Vital statistics of India. Vol. V, Reports of 1876 on armies & jails and on epidemic cholera
Year: 1876
Disease focus: Cholera
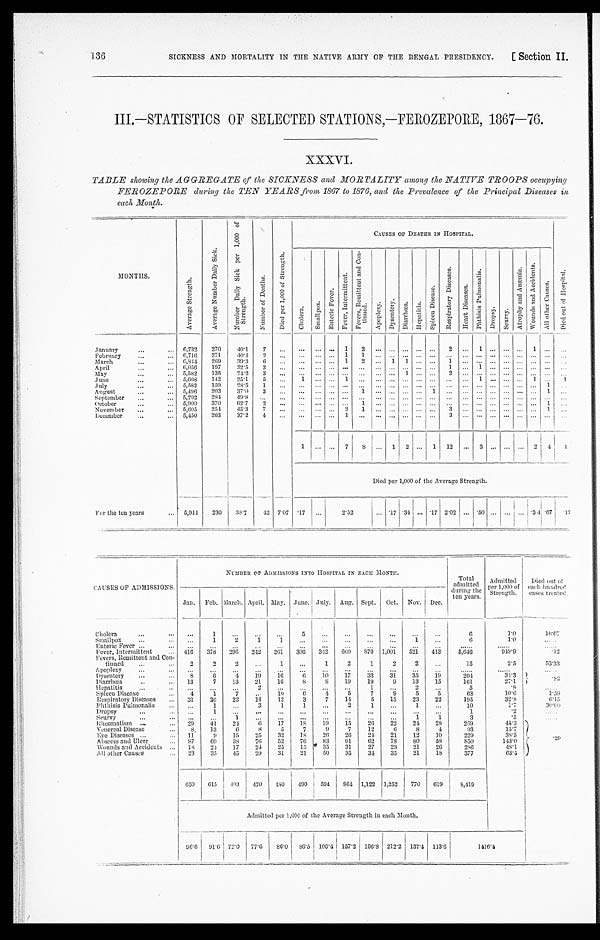
SICKNESS AND MORTALITY IN THE NATIVE ARMY OF THE BENGAL PRESIDENCY.
[ Section II.
136
III.—STATISTICS OF SELECTED STATIONS,—FEROZEPORE, 1867—76.
XXXVI.
TABLE showing the AGGREGATE or the SICKNESS and MORTALITY among the NATIVE TROOPS occupying
FEROZEPORE during the TEN YEARS from 1867 to 1876, and the Prevalence of the Principal Diseases in
each Month.
MONTHS.
A v e r a g e S t r e n g t h .
A v e r a g e N u m b e r D a i l y S i c k .
N u m b e r D a i l y S i c k p e r 1 , 0 0 0 o f S t r e n g t h .
N u m b e r o f D e a t h s .
D i e d p e r 1 , 0 0 0 o f S t r e n g t h .
CAUSES OF DEATHS IN HOSPITAL.
D i e d o u t o f H o s p i t a l .
C h o l e r a .
S m a l l p o x .
E n t e r i c F e v e r .
F e v e r , I n t e r m i t t e n t .
F e v e r s , R e m i t t e n t a n d C o n - t i n u e d .
A p o p l e x y .
D y s e n t e r y . D i a r r o h œ a . H e p a t i t i s .
S p l e e n D i s e a s e .
R e s p i r a t o r y D i s e a s e s .
H e a r t D i s e a s e s .
P h t h i s i s P u l m o n a l i s .
D r o p s y .
S c u r v y .
A t r o p h y a n d A n æ m i a .
W o u n d s a n d A c c i d e n t s .
A l l o t h e r C a u s e s .
January . . .
6,732
270
40.1
7
. . .
. . .
. . .
. . .
1
2
. . .
. . .
. . .
. . .
. . . 2 . . .
1
. . .
. . .
. . . 1
. . . . . .
February . . .
6,716
271
40.4
2
. . .
. . .
. . .
. . . 1
1
. . .
. . .
. . .
. . .
. . .
. . . . . .
. . . . . .
. . . . . . . . .
. . .
. . .
March . . .
6,844
269
39.3
6
. . .
. . .
. . .
. . .
1
2
. . .
1
1
. . .
. . . 1 . . .
. . . . . .
. . .
. . . . . .
. . . . . .
April . . .
6,056
197
32.5
2
. . .
. . .
. . .
. . .
. . .
. . .
. . . . . .
. . .
. . .
. . . 1 . . .
1 . . .
. . .
. . . . . .
. . . . . .
May . . .
5,582
135
24.2
3
. . .
. . .
. . .
. . .
. . .
. . .
. . .
. . .
1
. . .
. . . 2 . . .
. . . . . .
. . .
. . . . . .
. . . . . .
June . . .
5,668
142
25.1
5
. . .
1
. . .
. . .
1
. . .
. . .
. . .
. . .
. . .
. . . . . . . . .
1 . . .
. . .
. . . 1
. . . 1
July . . .
5,582
159
28.5
1
. . .
. . .
. . . . . .
. . . . . .
. . .
. . . . . .
. . .
. . .
. . . . . .
. . . . . .
. . . . . . . . .
1 . . .
August . . .
5,496
203
37.0
3
. . .
. . .
. . .
. . .
. . . 1
. . .
. . .
. . .
. . . 1
. . . . . .
. . . . . .
. . . . . . . . . 1
. . .
September . . .
5,702
284
49.8
. . .
. . .
. . .
. . .
. . .
. . .
. . .
. . .
. . .
. . .
. . .
. . .
. . . . . .
. . . . . .
. . .
. . . . . .
. . . . . .
October . . .
5,900
370
62.7
2
. . .
. . .
. . .
. . .
. . .
1
. . .
. . .
. . .
. . .
. . .
. . . . . .
. . . . . .
. . .
. . . . . .
1 . . .
November . . .
5,605
254
45.3
7
. . .
. . .
. . .
. . .
2
1
. . .
. . .
. . .
. . .
. . . 3 . . .
. . . . . .
. . .
. . . . . .
1 . . .
December . . .
5,450
203
37.2
4
. . .
. . .
. . .
. . . 1
. . .
. . .
. . .
. . .
. . .
. . . 3 . . .
. . . . . .
. . .
. . . . . .
. . . . . .
1
. . . . . . 7
8
. . . 1 2 . . .
1 12 . . . 3
. . .
. . . . . . 2 4
1
Died per 1,000 of the Average Strength.
For the ten years
5,944
230
38.7
42 7.07 .17
. . .
2.52
. . . .17 .34
. . .
.17 2.02 . . . .50
. . .
. . . . . . .34 .67
.17
CAUSES OF ADMISSIONS.
NUMBER OF ADMISSIONS INTO HOSPITAL IN BACH MONTH.
Total
admitted
during the
ten years.
Admitted
per l.000 of
Strength.
Died out
of each hundred
cases treated.
Jan. Feb. March. April. May. June. July. Aug. Sept. Oct. Nov. Dec.
Ch ol era . . .
. . .
1
. . .
. . .
. . .
5
. . .
. . .
. . .
. . .
. . .
. . .
6
1.0
16.67
Smallpox . . .
. . . 1
2
1
1
. . .
. . .
. . .
. . .
. . .
1
. . .
6
1 . 0
. . .
Enteric Fever . . .
. . .
. . .
. . .
. . .
. . .
. . .
. . .
. . .
. . .
. . .
. . .
. . .
. . .
. . .
. . .
Fever, Intermittent . . .
416
378
296
242
261
306
342
600
870 1,001
521
413
5, 646
949.9
. 1 2
Fevers, Remittent and Con-
t i nued . . .
2
2
2
. . .
1
. . .
1
2
1
2
2
. . .
15
2.5
53.33
Apoplexy . . .
. . .
. . .
. . .
. . .
. . .
. . .
. . .
. . .
. . .
. . .
. . .
. . .
. . .
. . .
. . .
Dysentery . . .
8
6
4
19
16
6
10
17
33
31
35
19
2 0 4
34.3
. 8 2
Diarrhœa . . .
13
7
13
21
16
8
8
19
19
9
13
15
161
27.1
Hepatitis . . .
. . .
. . .
. . .
2
. . .
. . .
. . .
. . .
1
. . .
2
. . .
5
. 8
. . .
Spleen Disease . . .
4
1
7
. . .
10
6
4
5
7
9
5
5
63
10.6
1.59
Respiratory Diseases . . .
31
26
23
14
12
3
7
14
5
15
23
22
195
32.8
6.15
Phthisis Pulmonalis . . .
. . .
1
. . .
3
1
1
. . .
2
1
. . .
1
. . .
10
1.7
30.00
Dropsy . . .
. . . 1
. . .
. . .
. . .
. . .
. . .
. . .
. . .
. . .
. . .
. . .
1
.2
. . .
Scurvy . . .
. . .
. . . 1
. . .
. . .
. . .
. . .
. . .
. . .
. . .
1
1
3
. 5
. . .
Rheumatism . . .
29
4 1 24
6
17
18
19
15
26
22
24
28
269
45.3
.29
Venereal Disease . . .
8
13
6
8
5
7
9
7
12
6
8
4
93
15.7
Eye Diseases . . .
11
9
15
25
32
18
26
26
24
21
12
10
2 2 9
38.5
Abscess and Ulcer . . .
87
69
38
76
52
76
83
91
62
78
80
58
850
143.0
Wounds and Accidents . . .
18
24
17
24
25
15
35
31
27
23
21
26
286
48.1
All other Causes . . .
23
35
45
29
31
21
50
35
34
35
21
18
377
63.4
650
615
493
470
480
490 594
864 1,122 1,252
770
619
8,419
Admitted per 1,000 of the Average Strength in each Month
.
96.6 91.6 72.0
77.6
86.0 86.5 106.4 157.2 196.8 212.2 137.4 113.6
1416.4